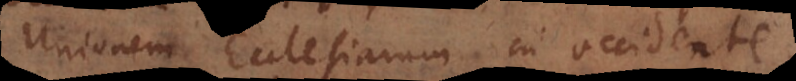
Unionem Ecclesiarum in occidente,